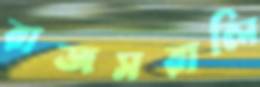
রাজসরালি